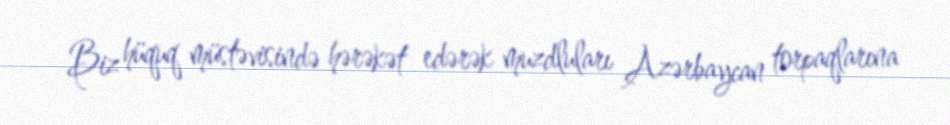
Biz hüquq müstəvisində hərəkət edərək muzdluları Azərbaycan torpaqlarına